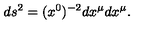
d s ^ { 2 } = ( x ^ { 0 } ) ^ { - 2 } d x ^ { \mu } d x ^ { \mu } .